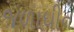
જળાધીન